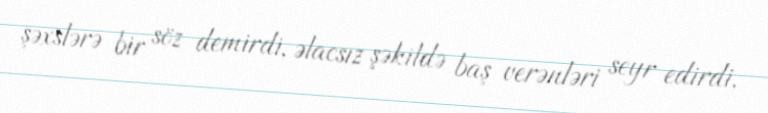
şəxslərə bir söz demirdi, əlacsız şəkildə baş verənləri seyr edirdi.